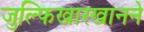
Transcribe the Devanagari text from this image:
जुल्फिखारखानने